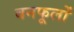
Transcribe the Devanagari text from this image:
बनफूलों